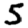
Digit: 5